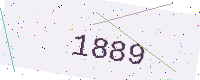
Text: 1889